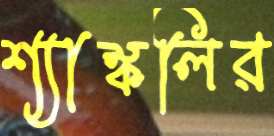
শ্যাঙ্কলির